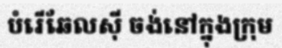
បំរើឆែលស៊ី ចង់នៅក្នុងក្រុម